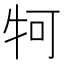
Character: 牱